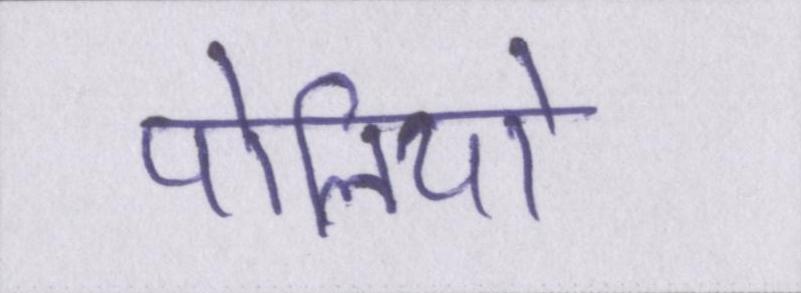
पोलियो